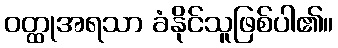
ဝတ္ထုအရသာ ခံနိုင်သူဖြစ်ပါ၏။